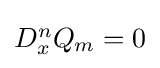
{\textstyle D_{x}^{n}Q_{m}=0}